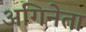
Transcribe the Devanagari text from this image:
अगिनेता